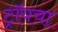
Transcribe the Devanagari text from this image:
ट्रॉयचा